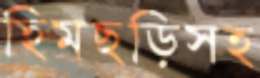
হিমছড়িসহ